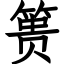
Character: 篑